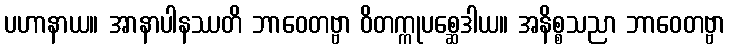
ပဟာနာယ။ အာနာပါနဿတိ ဘာဝေတဗ္ဗာ ဝိတက္ကုပစ္ဆေဒါယ။ အနိစ္စသညာ ဘာဝေတဗ္ဗာ